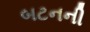
બટનની